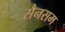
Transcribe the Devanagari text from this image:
सैनसम